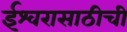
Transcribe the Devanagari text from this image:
ईश्वरासाठीची